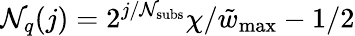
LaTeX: \mathcal{N}_{q}(j)=2^{j/\mathcal{N}_{\mathrm{{subs}}}}\chi/\tilde{{w}}_{\mathrm{{max}}}-1/2